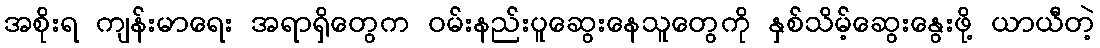
အစိုးရ ကျန်းမာရေး အရာရှိတွေက ဝမ်းနည်းပူဆွေးနေသူတွေကို နှစ်သိမ့်ဆွေးနွေးဖို့ ယာယီတဲ့